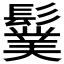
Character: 𩯏